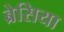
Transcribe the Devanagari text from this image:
ब्रेसिया